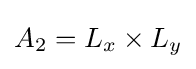
A_{2}=L_{x}\times L_{y}